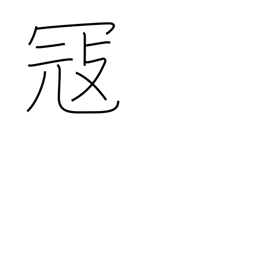
Meaning: feud